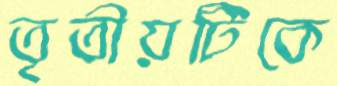
তৃতীয়টিকে